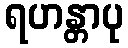
ရဟန္တာပု